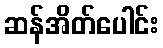
ဆန်အိတ်ပေါင်း